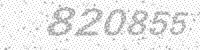
Solution: 820855